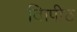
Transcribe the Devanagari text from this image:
विापीठ